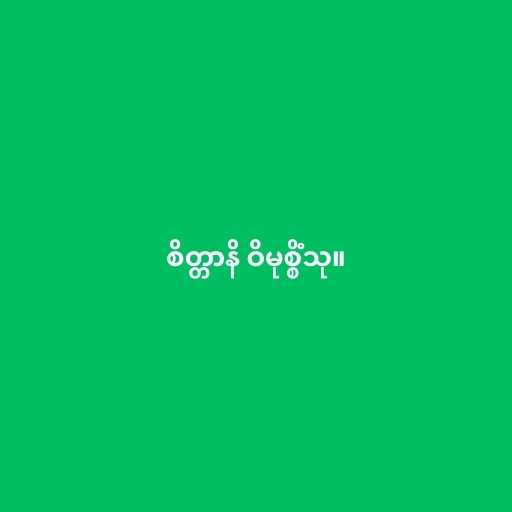
စိတ္တာနိ ဝိမုစ္စိံသု။